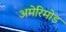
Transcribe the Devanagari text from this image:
अमेरिमोड